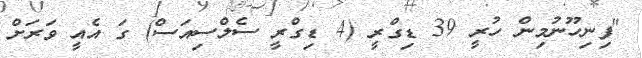
"ފިނިހޫނުމިން ހުރީ 39 ޑިގްރީ (4 ޑިގްރީ ސެލްސިއަސް) ގަ އެއީ ވަރަށް